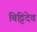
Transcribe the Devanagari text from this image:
बिट्टिदेव